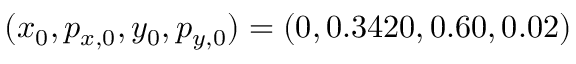
( x _ { 0 } , p _ { x , 0 } , y _ { 0 } , p _ { y , 0 } ) = ( 0 , 0 . 3 4 2 0 , 0 . 6 0 , 0 . 0 2 )